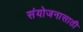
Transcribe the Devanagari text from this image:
संयोजनासाठी